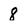
Character: 8